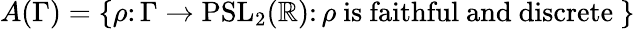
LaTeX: A(\Gamma)=\{ \rho\colon\Gamma\to\mathrm{PSL}_{2}(\mathbb{R})\colon\rho{\mathrm{~is~faithful~and~discrete~}}\}